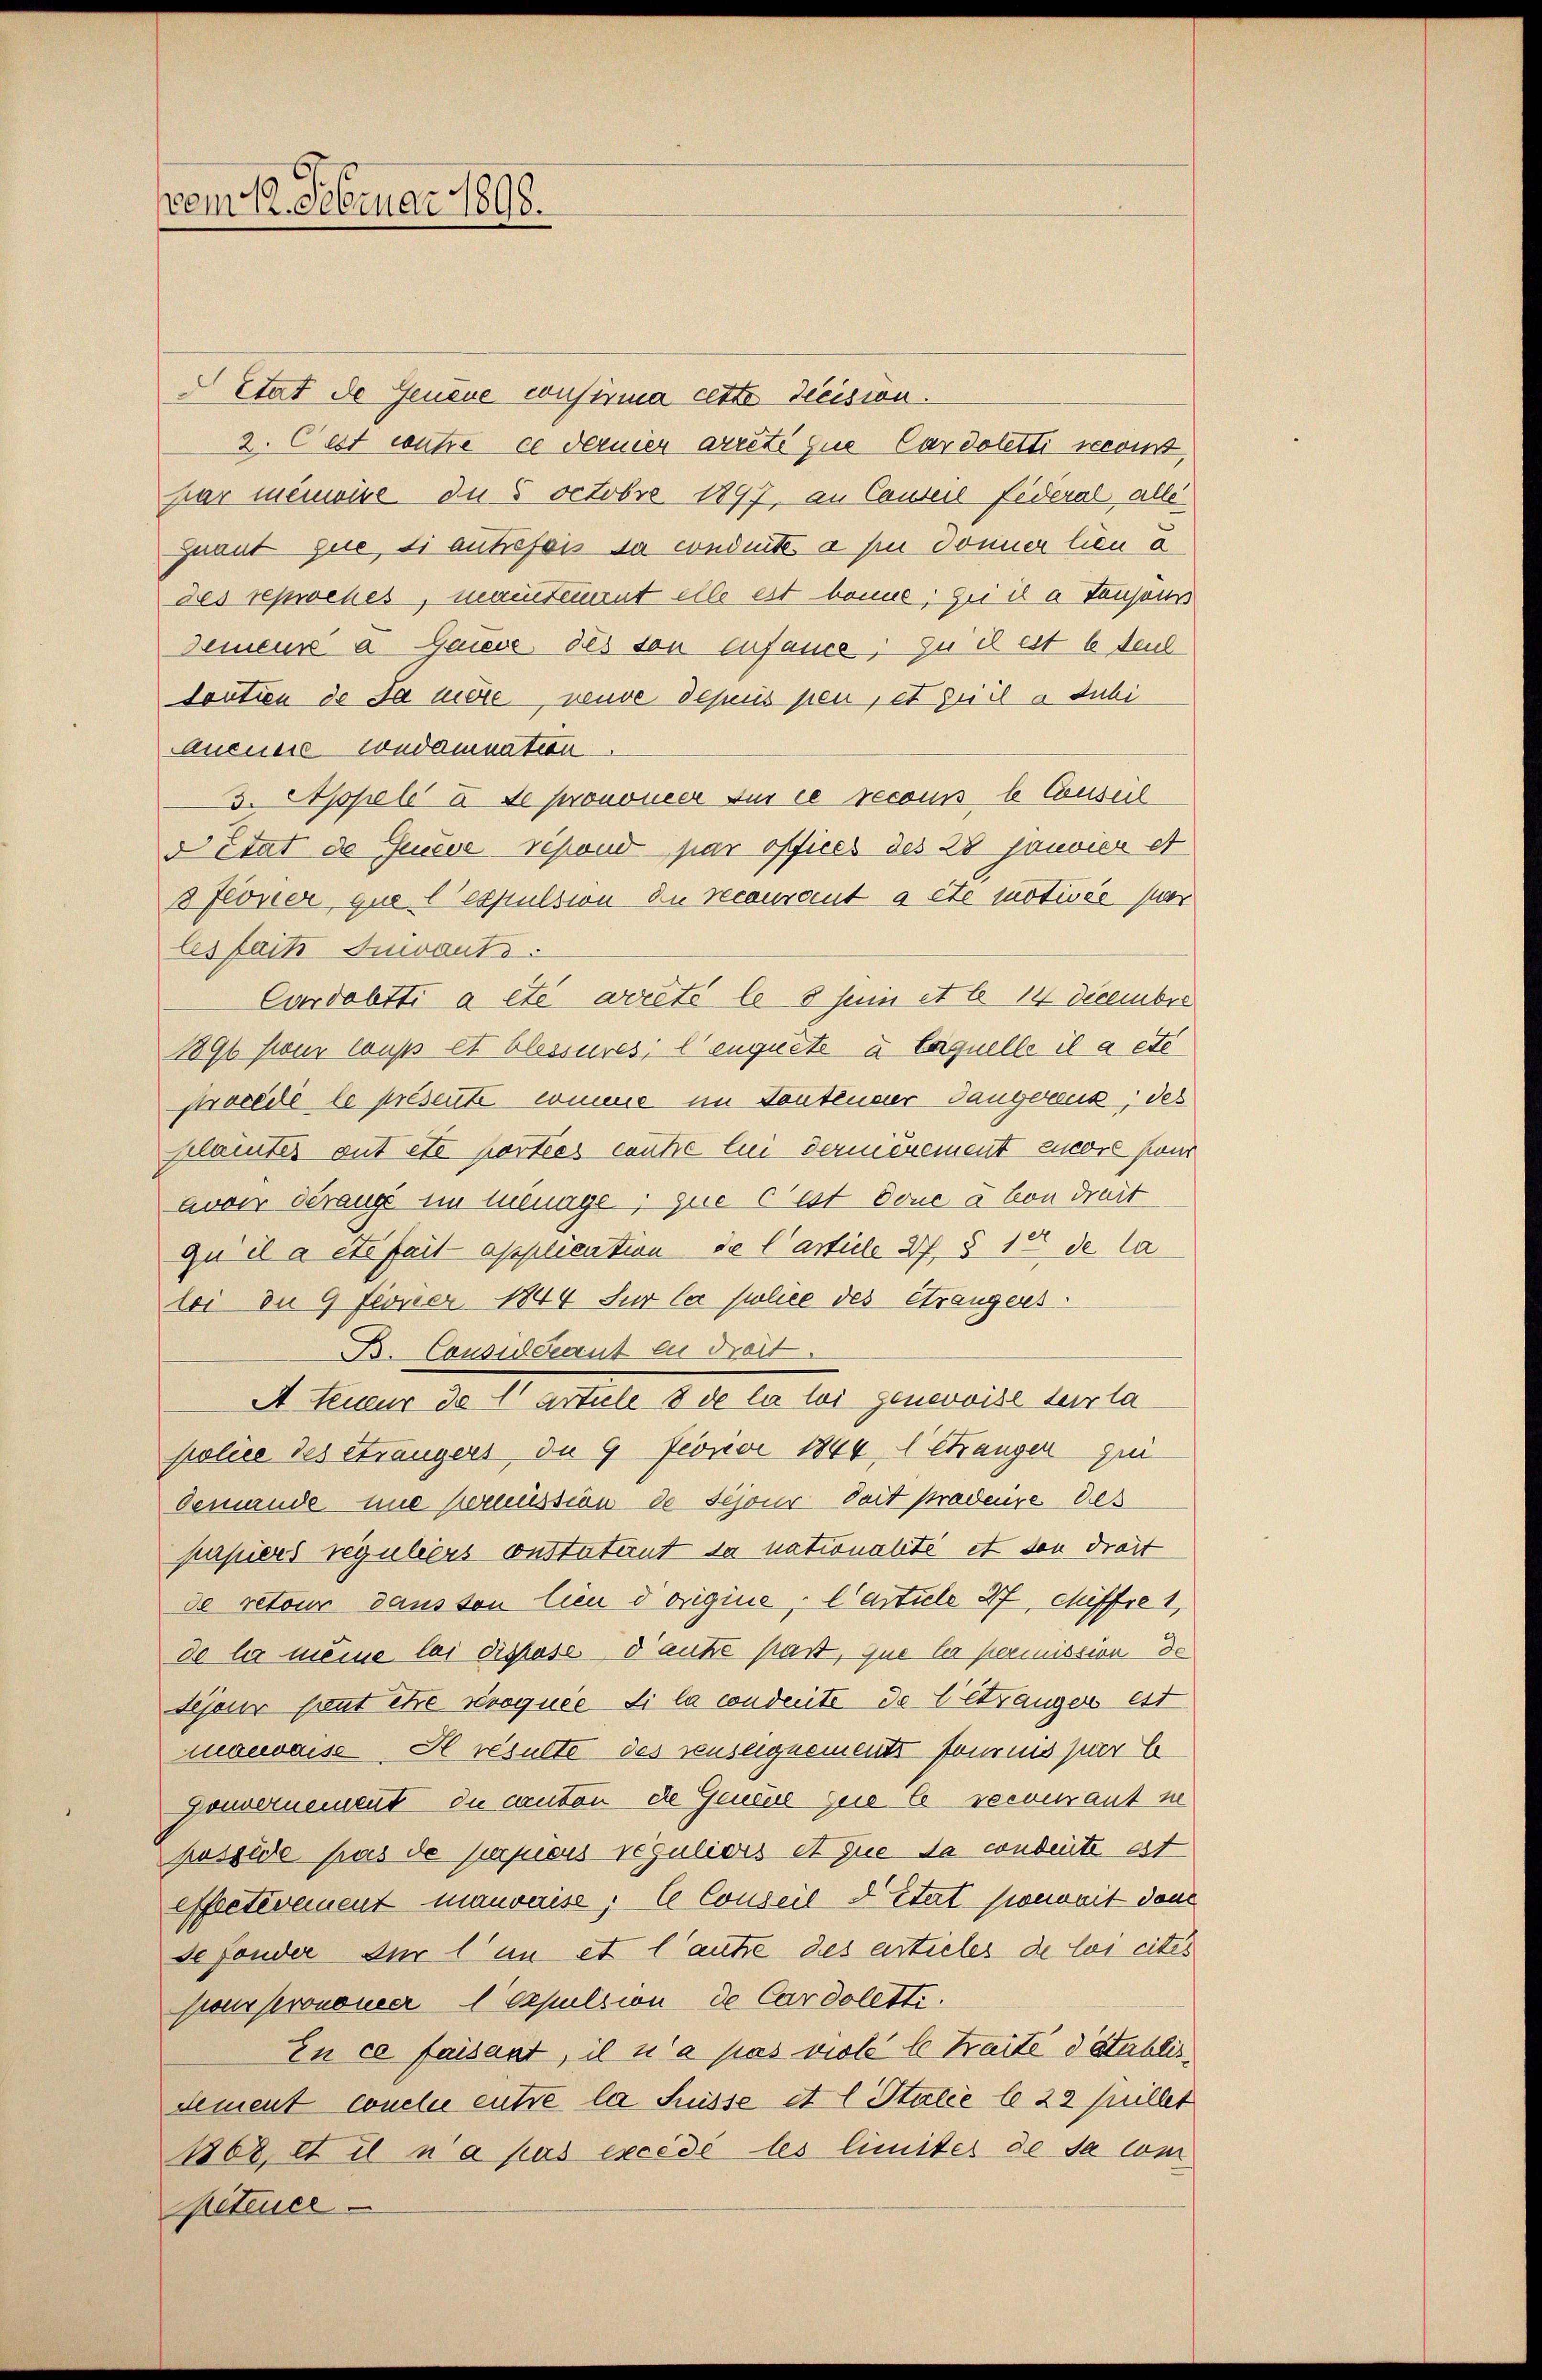
em 12. Februar 1898.

Etat de Geneue consuma cette decision.
2. Cest wahre ce dernier arrete zue Cardoletti recoint,
par menweise du 5 octobre 1897, an Cauteil Federal alle
quant que si autrefois sa conduite a piu donner lieu d
des reproches, mantement elle est bonne; sei il a Tansons
Demens a Gaise des son enfassce; zu il est 6 Paul
lection de sa mère neuve depuis pen, et seil a dubi
Aucune condamnation
3. Appell I. Se prononer fur ce recours b Consul
d état de Ječeve repond par offices des 28 Janvier et
8 Jover que l’expulsion die recourant a été motivée par
les fait Guivants:
Cardobtti a été arrêté le 8 Juin et le 14 Decembre
1896 pour laups et blassures, l’enquête à laquelle il a etc
procede le présente comme im Kontender Tangeraus, des
Kläuter gut etc portées caute bei dermerement encore pur
auser derauge im luenage, que c’est Done à von dreit
qu il a été fait application de l’article 37. § 10 de la
lei du 9 fivner 1844 für la police des étrangers
B. Considécant en dreit.
A teur de l’article 8 de la loi genevoise terta
police des Sträugers du 9 Fiorii 1844, 1 Etanger qui
demande une perussion de Schöne doit pradenze des
papiers reguliers constatient sa nationalité et son drait
de retour dans von lieu d’origine, Carticle 47, Miffre 1
de la meine lai dispose d’aute pas, que les permission de
dejeur freut être révoquée si la conduite de Getränger est
maenaise, Hl resulte des seuseignements fournis par b
Gouvernement du canton die Gendue que le recourant in
possède pas de papiers reguliers et que da condente est
effectivement mauvaise, le Conseil détat ponorit den
se fonder zur l’un et l’autre des articles de las eites
pour pronomer 1 Apulsion de Cardoletti.
En ce faisant, il n’a pas viele b Traité d’établisdement concle entre la Suisse et l Italie le 22 Juillet
1808, et il n’a pas excédé les limiter de sa com
peteuer